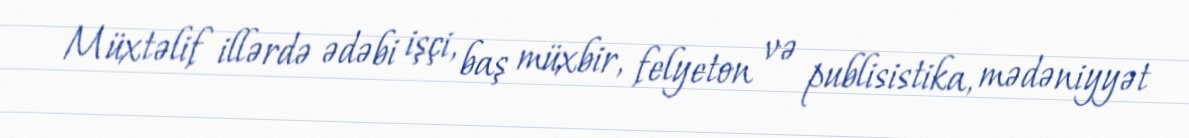
Müxtəlif illərdə ədəbi işçi, baş müxbir, felyeton və publisistika, mədəniyyət